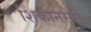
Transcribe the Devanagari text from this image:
शिंकानसेन